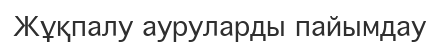
Жұқпалу ауруларды пайымдау